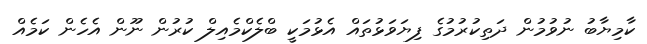
ކާމިޔާބު ނުވުމުން ދަތިކުރުމުގެ ފިޔަވަޅުތައް އެޅުމަކީ ބްލެކްމެއިލް ކުރުން ނޫން އެހެން ކަމެއް